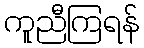
ကူညီကြရန်